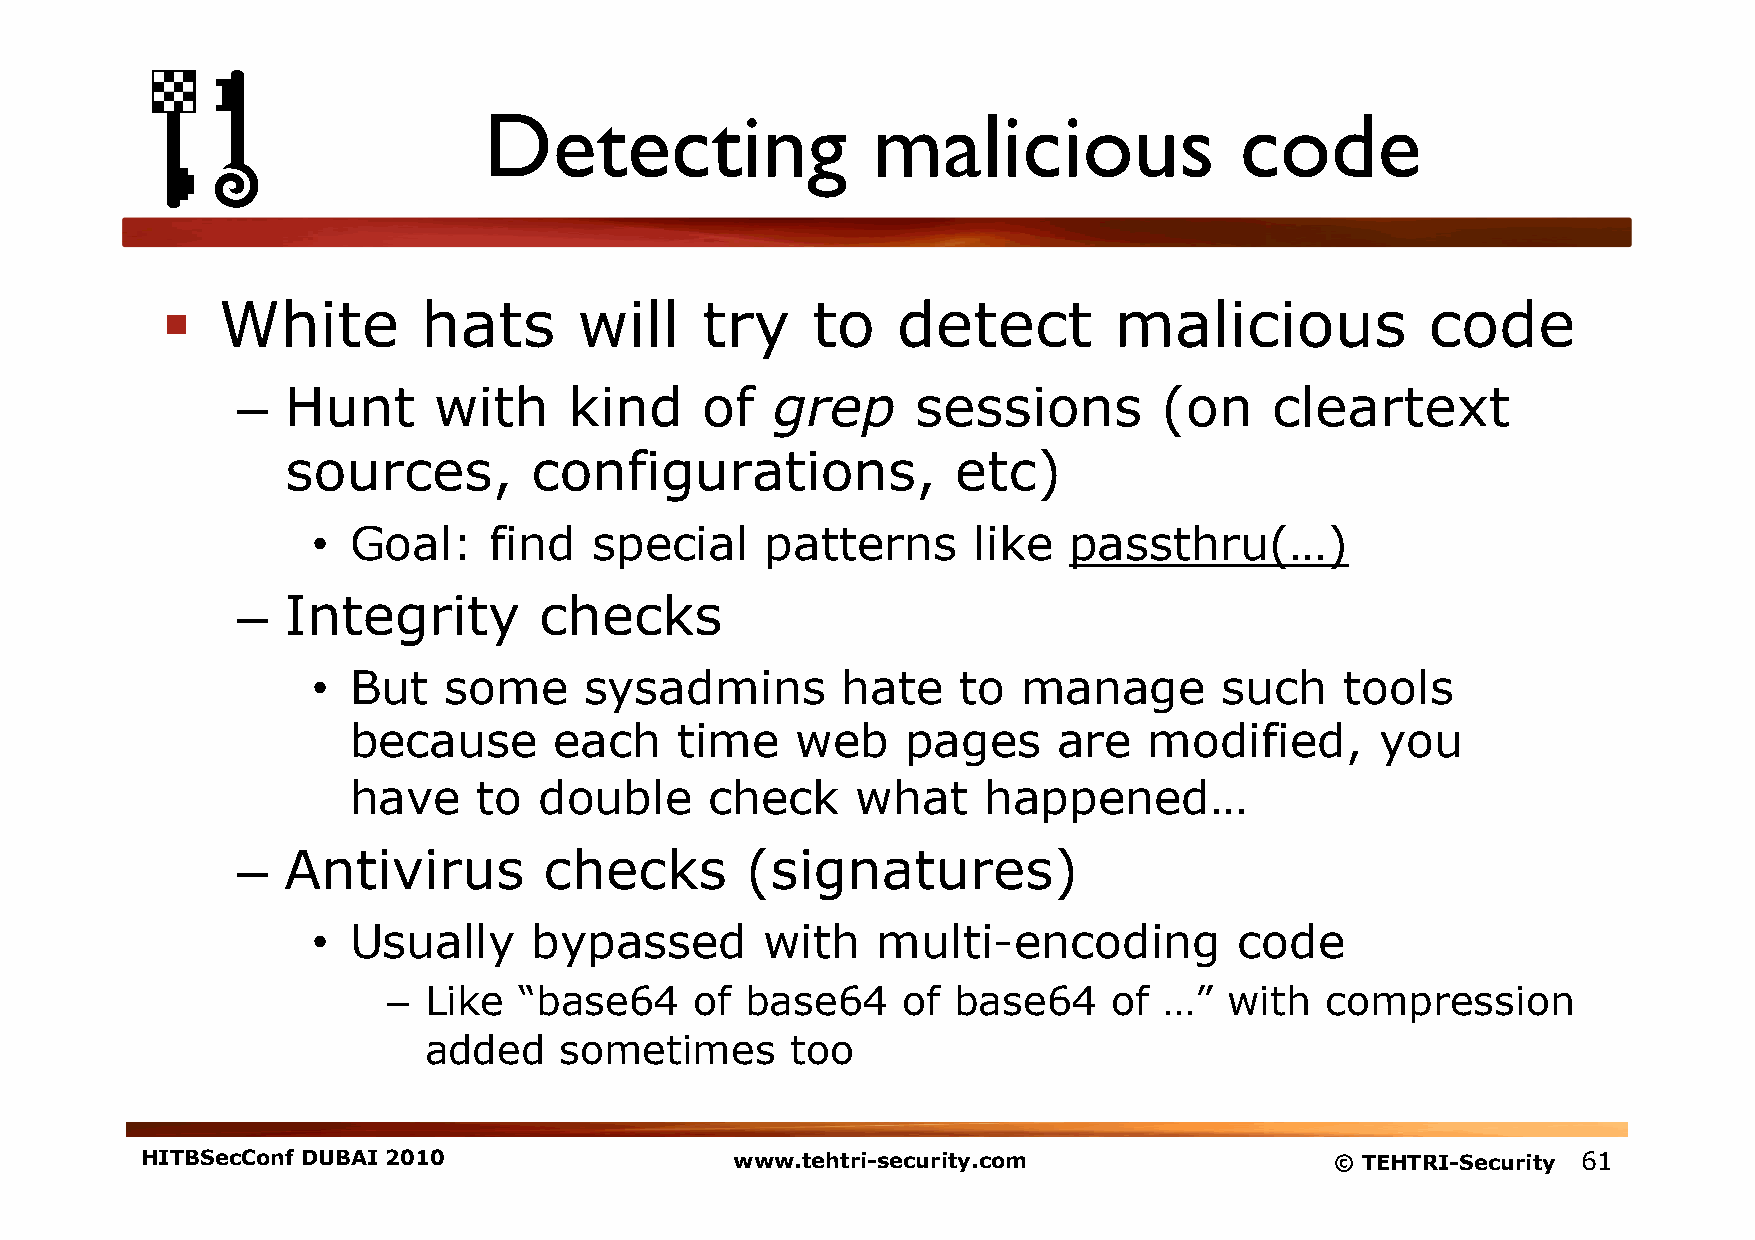
Detecting                 malicious               code
   White         hats      will    try     to   detect         malicious            code
 –  Hunt      with     kind    of   grep      sessions        (on    cleartext
 sources,        configurations,             etc)
 • Goal:    find   special     patterns     like   passthru(…)
 –  Integrity        checks
 • But   some      sysadmins        hate    to  manage       such    tools
 because       each    time    web    pages     are   modified,      you
 have     to  double     check     what    happened…
 –  Antivirus        checks       (signatures)
 • Usually     bypassed        with   multi-encoding          code
 – Like  “base64     of base64     of base64     of …”  with   compression
 added    sometimes      too
 HITBSecConf DUBAI 2010                  www.tehtri-security.com                © TEHTRI-Security 61